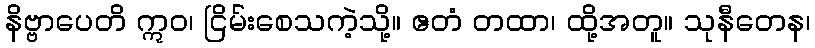
နိဗ္ဗာပေတိ ဣဝ၊ ငြိမ်းစေသကဲ့သို့။ ဧတံ တထာ၊ ထို့အတူ။ သုနီတေန၊